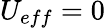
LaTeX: U_{eff}=0